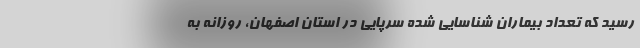
رسید که تعداد بیماران شناسایی شده سرپایی در استان اصفهان، روزانه به